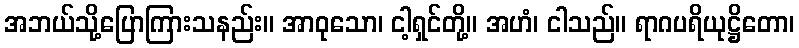
အဘယ်သို့ပြောကြားသနည်း။ အာဝုသော၊ ငါ့ရှင်တို့။ အဟံ၊ ငါသည်။ ရာဂပရိယုဋ္ဌိတော၊